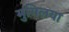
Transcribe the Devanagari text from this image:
मुगिलया